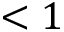
< 1